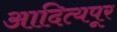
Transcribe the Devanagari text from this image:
आदित्यपूर